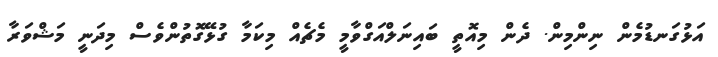
އަޅުގަނޑުމެން ނިންމިން. ދެން މިއޮތީ ބައިނަލްއަގްވާމީ މެޗެއް މިކަމާ ގުޅޭގޮތުންވެސް މިދަނީ މަޝްވަރާ